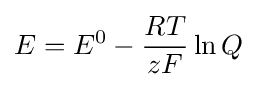
E=E^{0}-{\frac {RT}{zF}}\ln Q